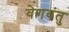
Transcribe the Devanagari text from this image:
वेगवंतु